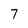
Character: 7